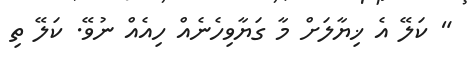
" ކަލޭ އެ ޚިޔާލަށް މާ ގަޔާވިހެނެއް ހިއެއް ނުވޭ. ކަލޭ ތި